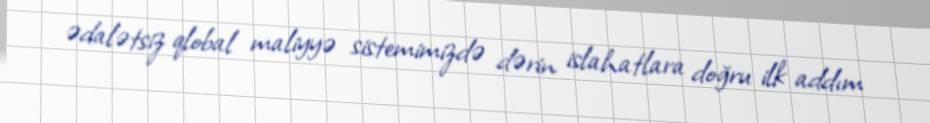
ədalətsiz qlobal maliyyə sistemimizdə dərin islahatlara doğru ilk addım